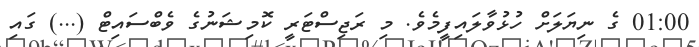
01:00 ގެ ނިޔަލަށް ހުޅުވާލައިފީމެވެ. މި ރަޖިސްޓަރީ ކޮމިޝަނުގެ ވެބްސައިޓް (...) ގައި